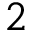
2